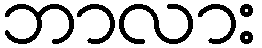
ဘာလား